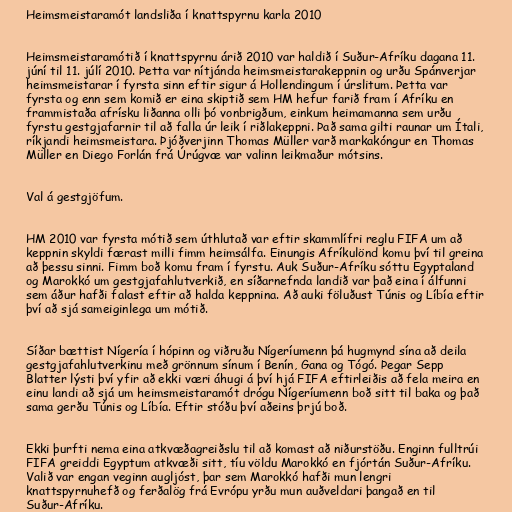
Heimsmeistaramót landsliða í knattspyrnu karla 2010

Heimsmeistaramótið í knattspyrnu árið 2010 var haldið í Suður-Afríku dagana 11.
júní til 11. júlí 2010. Þetta var nítjánda heimsmeistarakeppnin og urðu Spánverjar
heimsmeistarar í fyrsta sinn eftir sigur á Hollendingum í úrslitum. Þetta var
fyrsta og enn sem komið er eina skiptið sem HM hefur farið fram í Afríku en
frammistaða afrísku liðanna olli þó vonbrigðum, einkum heimamanna sem urðu
fyrstu gestgjafarnir til að falla úr leik í riðlakeppni. Það sama gilti raunar um Ítali,
ríkjandi heimsmeistara. Þjóðverjinn Thomas Müller varð markakóngur en Thomas
Müller en Diego Forlán frá Úrúgvæ var valinn leikmaður mótsins.

Val á gestgjöfum.

HM 2010 var fyrsta mótið sem úthlutað var eftir skammlífri reglu FIFA um að
keppnin skyldi færast milli fimm heimsálfa. Einungis Afríkulönd komu því til greina
að þessu sinni. Fimm boð komu fram í fyrstu. Auk Suður-Afríku sóttu Egyptaland
og Marokkó um gestgjafahlutverkið, en síðarnefnda landið var það eina í álfunni
sem áður hafði falast eftir að halda keppnina. Að auki föluðust Túnis og Líbía eftir
því að sjá sameiginlega um mótið.

Síðar bættist Nígería í hópinn og viðruðu Nígeríumenn þá hugmynd sína að deila
gestgjafahlutverkinu með grönnum sínum í Benín, Gana og Tógó. Þegar Sepp
Blatter lýsti því yfir að ekki væri áhugi á því hjá FIFA eftirleiðis að fela meira en
einu landi að sjá um heimsmeistaramót drógu Nígeríumenn boð sitt til baka og það
sama gerðu Túnis og Líbía. Eftir stóðu því aðeins þrjú boð.

Ekki þurfti nema eina atkvæðagreiðslu til að komast að niðurstöðu. Enginn fulltrúi
FIFA greiddi Egyptum atkvæði sitt, tíu völdu Marokkó en fjórtán Suður-Afríku.
Valið var engan veginn augljóst, þar sem Marokkó hafði mun lengri
knattspyrnuhefð og ferðalög frá Evrópu yrðu mun auðveldari þangað en til
Suður-Afríku.